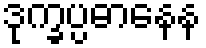
ဒုက္ခပ္ပဓာနေန